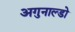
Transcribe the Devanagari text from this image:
अगुनाल्डो